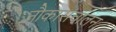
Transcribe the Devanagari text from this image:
नौकासंचालन